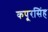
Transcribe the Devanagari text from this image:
कपूरसिंह